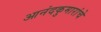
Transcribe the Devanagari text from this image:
आनंदकुमारांचे